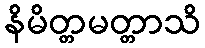
နိမိတ္တမတ္တာသိ